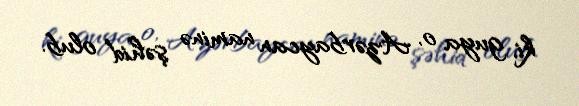
ki, guya o, Azərbaycan naminə şəhid olub.